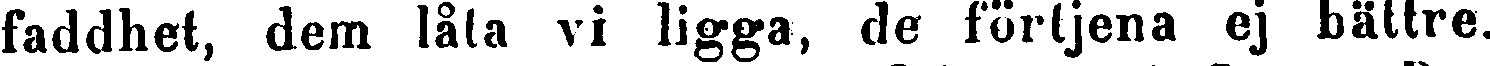
faddhet, dem låta vi ligga, de förtjena ej bättre.